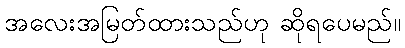
အလေးအမြတ်ထားသည်ဟု ဆိုရပေမည်။